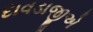
દાવડાજીએ